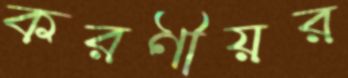
করণীয়র